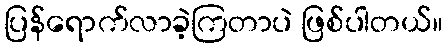
ပြန်ရောက်လာခဲ့ကြတာပဲ ဖြစ်ပါတယ်။